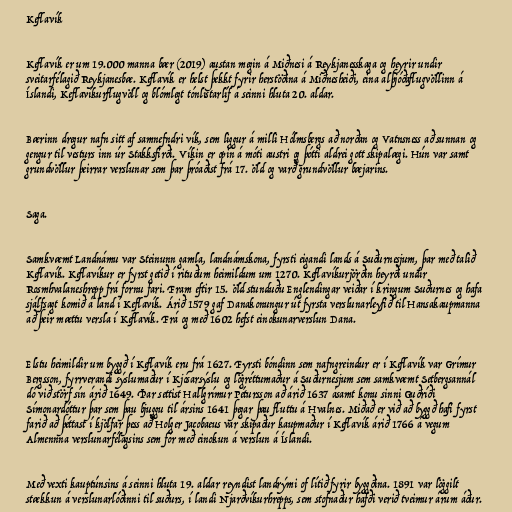
Keflavík

Keflavík er um 19.000 manna bær (2019) austan megin á Miðnesi á Reykjanesskaga og heyrir undir
sveitarfélagið Reykjanesbæ. Keflavík er helst þekkt fyrir herstöðina á Miðnesheiði, eina alþjóðaflugvöllinn á
Íslandi, Keflavíkurflugvöll og blómlegt tónlistarlíf á seinni hluta 20. aldar.

Bærinn dregur nafn sitt af samnefndri vík, sem liggur á milli Hólmsbergs að norðan og Vatnsness að sunnan og
gengur til vesturs inn úr Stakksfirði. Víkin er opin á móti austri og þótti aldrei gott skipalægi. Hún var samt
grundvöllur þeirrar verslunar sem þar þróaðist frá 17. öld og varð grundvöllur bæjarins.

Saga.

Samkvæmt Landnámu var Steinunn gamla, landnámskona, fyrsti eigandi lands á Suðurnesjum, þar með talið
Keflavík. Keflavíkur er fyrst getið í rituðum heimildum um 1270. Keflavíkurjörðin heyrði undir
Rosmhvalaneshrepp frá fornu fari. Fram eftir 15. öld stunduðu Englendingar veiðar í kringum Suðurnes og hafa
sjálfsagt komið á land í Keflavík. Árið 1579 gaf Danakonungur út fyrsta verslunarleyfið til Hansakaupmanna
að þeir mættu versla í Keflavík. Frá og með 1602 hefst einokunarverslun Dana.

Elstu heimildir um byggð í Keflavík eru frá 1627. Fyrsti bóndinn sem nafngreindur er í Keflavík var Grímur
Bergsson, fyrrverandi sýslumaður í Kjósarsýslu og lögréttumaður á Suðurnesjum sem samkvæmt Setbergsannál
dó við störf sín árið 1649. Þar settist Hallgrímur Pétursson að árið 1637 ásamt konu sinni Guðríði
Símonardóttur þar sem þau bjuggu til ársins 1641 þegar þau fluttu á Hvalnes. Miðað er við að byggð hafi fyrst
farið að þéttast í kjölfar þess að Holger Jacobaeus var skipaður kaupmaður í Keflavík árið 1766 á vegum
Almennna verslunarfélagsins sem fór með einokun á verslun á Íslandi.

Með vexti kauptúnsins á seinni hluta 19. aldar reyndist landrými of lítið fyrir byggðina. 1891 var löggilt
stækkun á verslunarlóðinni til suðurs, í landi Njarðvíkurhrepps, sem stofnaður hafði verið tveimur árum áður.